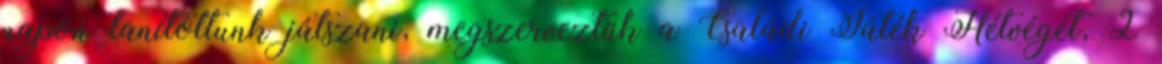
napon tanítottunk játszani, megszerveztük a Családi Játék Hétvégét, 2